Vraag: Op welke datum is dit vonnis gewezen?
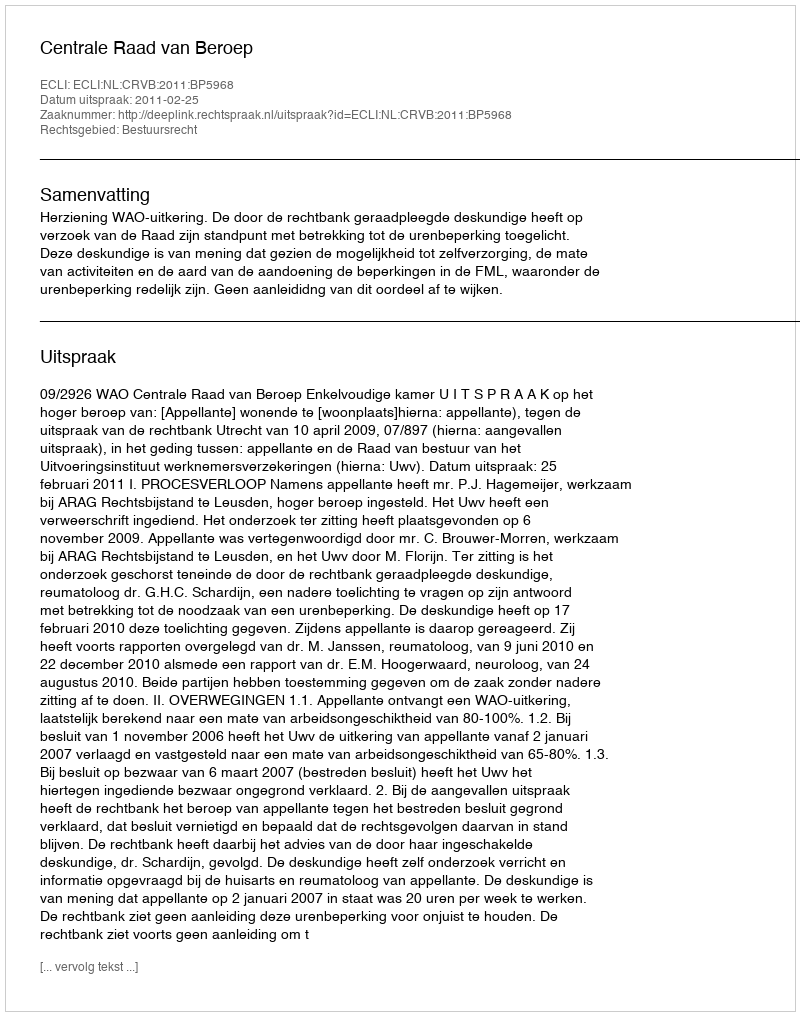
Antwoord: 2011-02-25